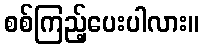
စစ်ကြည့်ပေးပါလား။